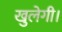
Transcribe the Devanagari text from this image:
खुलेगी।